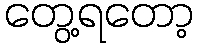
တွေ့ရတော့